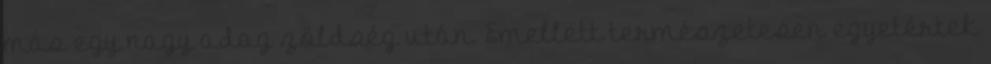
más egy nagy adag zöldség után. Emellett természetesen egyetértek